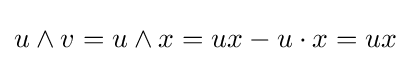
u\wedge v=u\wedge x=ux-u\cdot x=ux